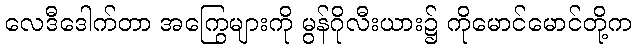
လေဒီဒေါက်တာ အကြွေများကို မွန်ဂိုလီးယား၌ ကိုမောင်မောင်တို့က